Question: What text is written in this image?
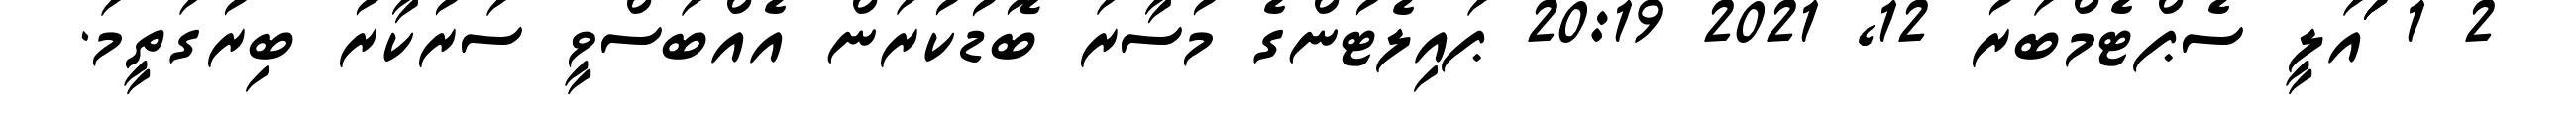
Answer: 2 1 ަަަައަލީ ސެޕްޓެމްބަރު 12, 2021 20:19 ޕައިލެޓުންގެ މުސާރަ ބޮޑުކުރަން އެއްބަސްވީ ސަރުކާރު ބިރުގަތީމަ.